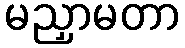
မညှာမတာ